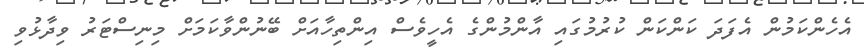
އެހެންކަމުން އެފަދަ ކަންކަން ކުރުމުގައި އާންމުންގެ އެހީވެސް އިންތިހާއަށް ބޭނުންވާކަމަށް މިނިސްޓަރު ވިދާޅުވި